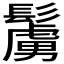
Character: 𩯜